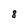
Character: 8